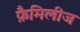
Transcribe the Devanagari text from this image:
फ़ैमिलीज